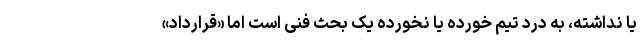
یا نداشته، به درد تیم خورده یا نخورده یک بحث فنی است اما «قرارداد»